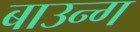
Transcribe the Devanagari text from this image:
बाउन्ग